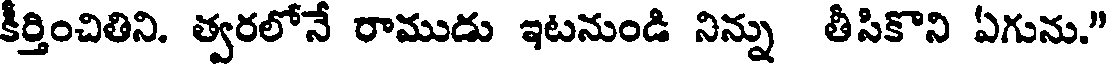
కీర్తించితిని. త్వరలోనే రాముడు ఇటనుండి నిన్ను తీసికొని ఏగును."